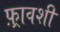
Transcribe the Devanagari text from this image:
फ़्रावशी